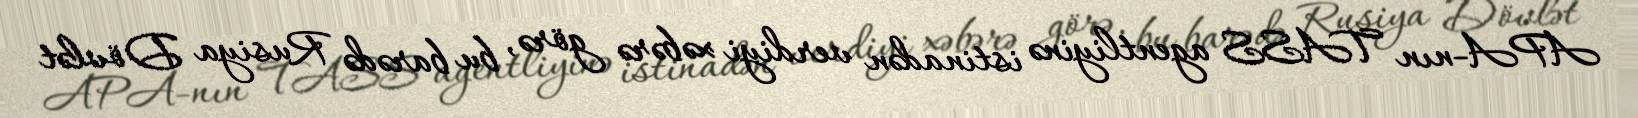
APA-nın TASS agentliyinə istinadən verdiyi xəbərə görə, bu barədə Rusiya Dövlət